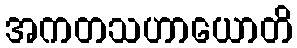
အကတသဟာယောတိ